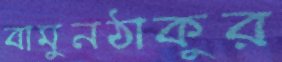
বামুনঠাকুর